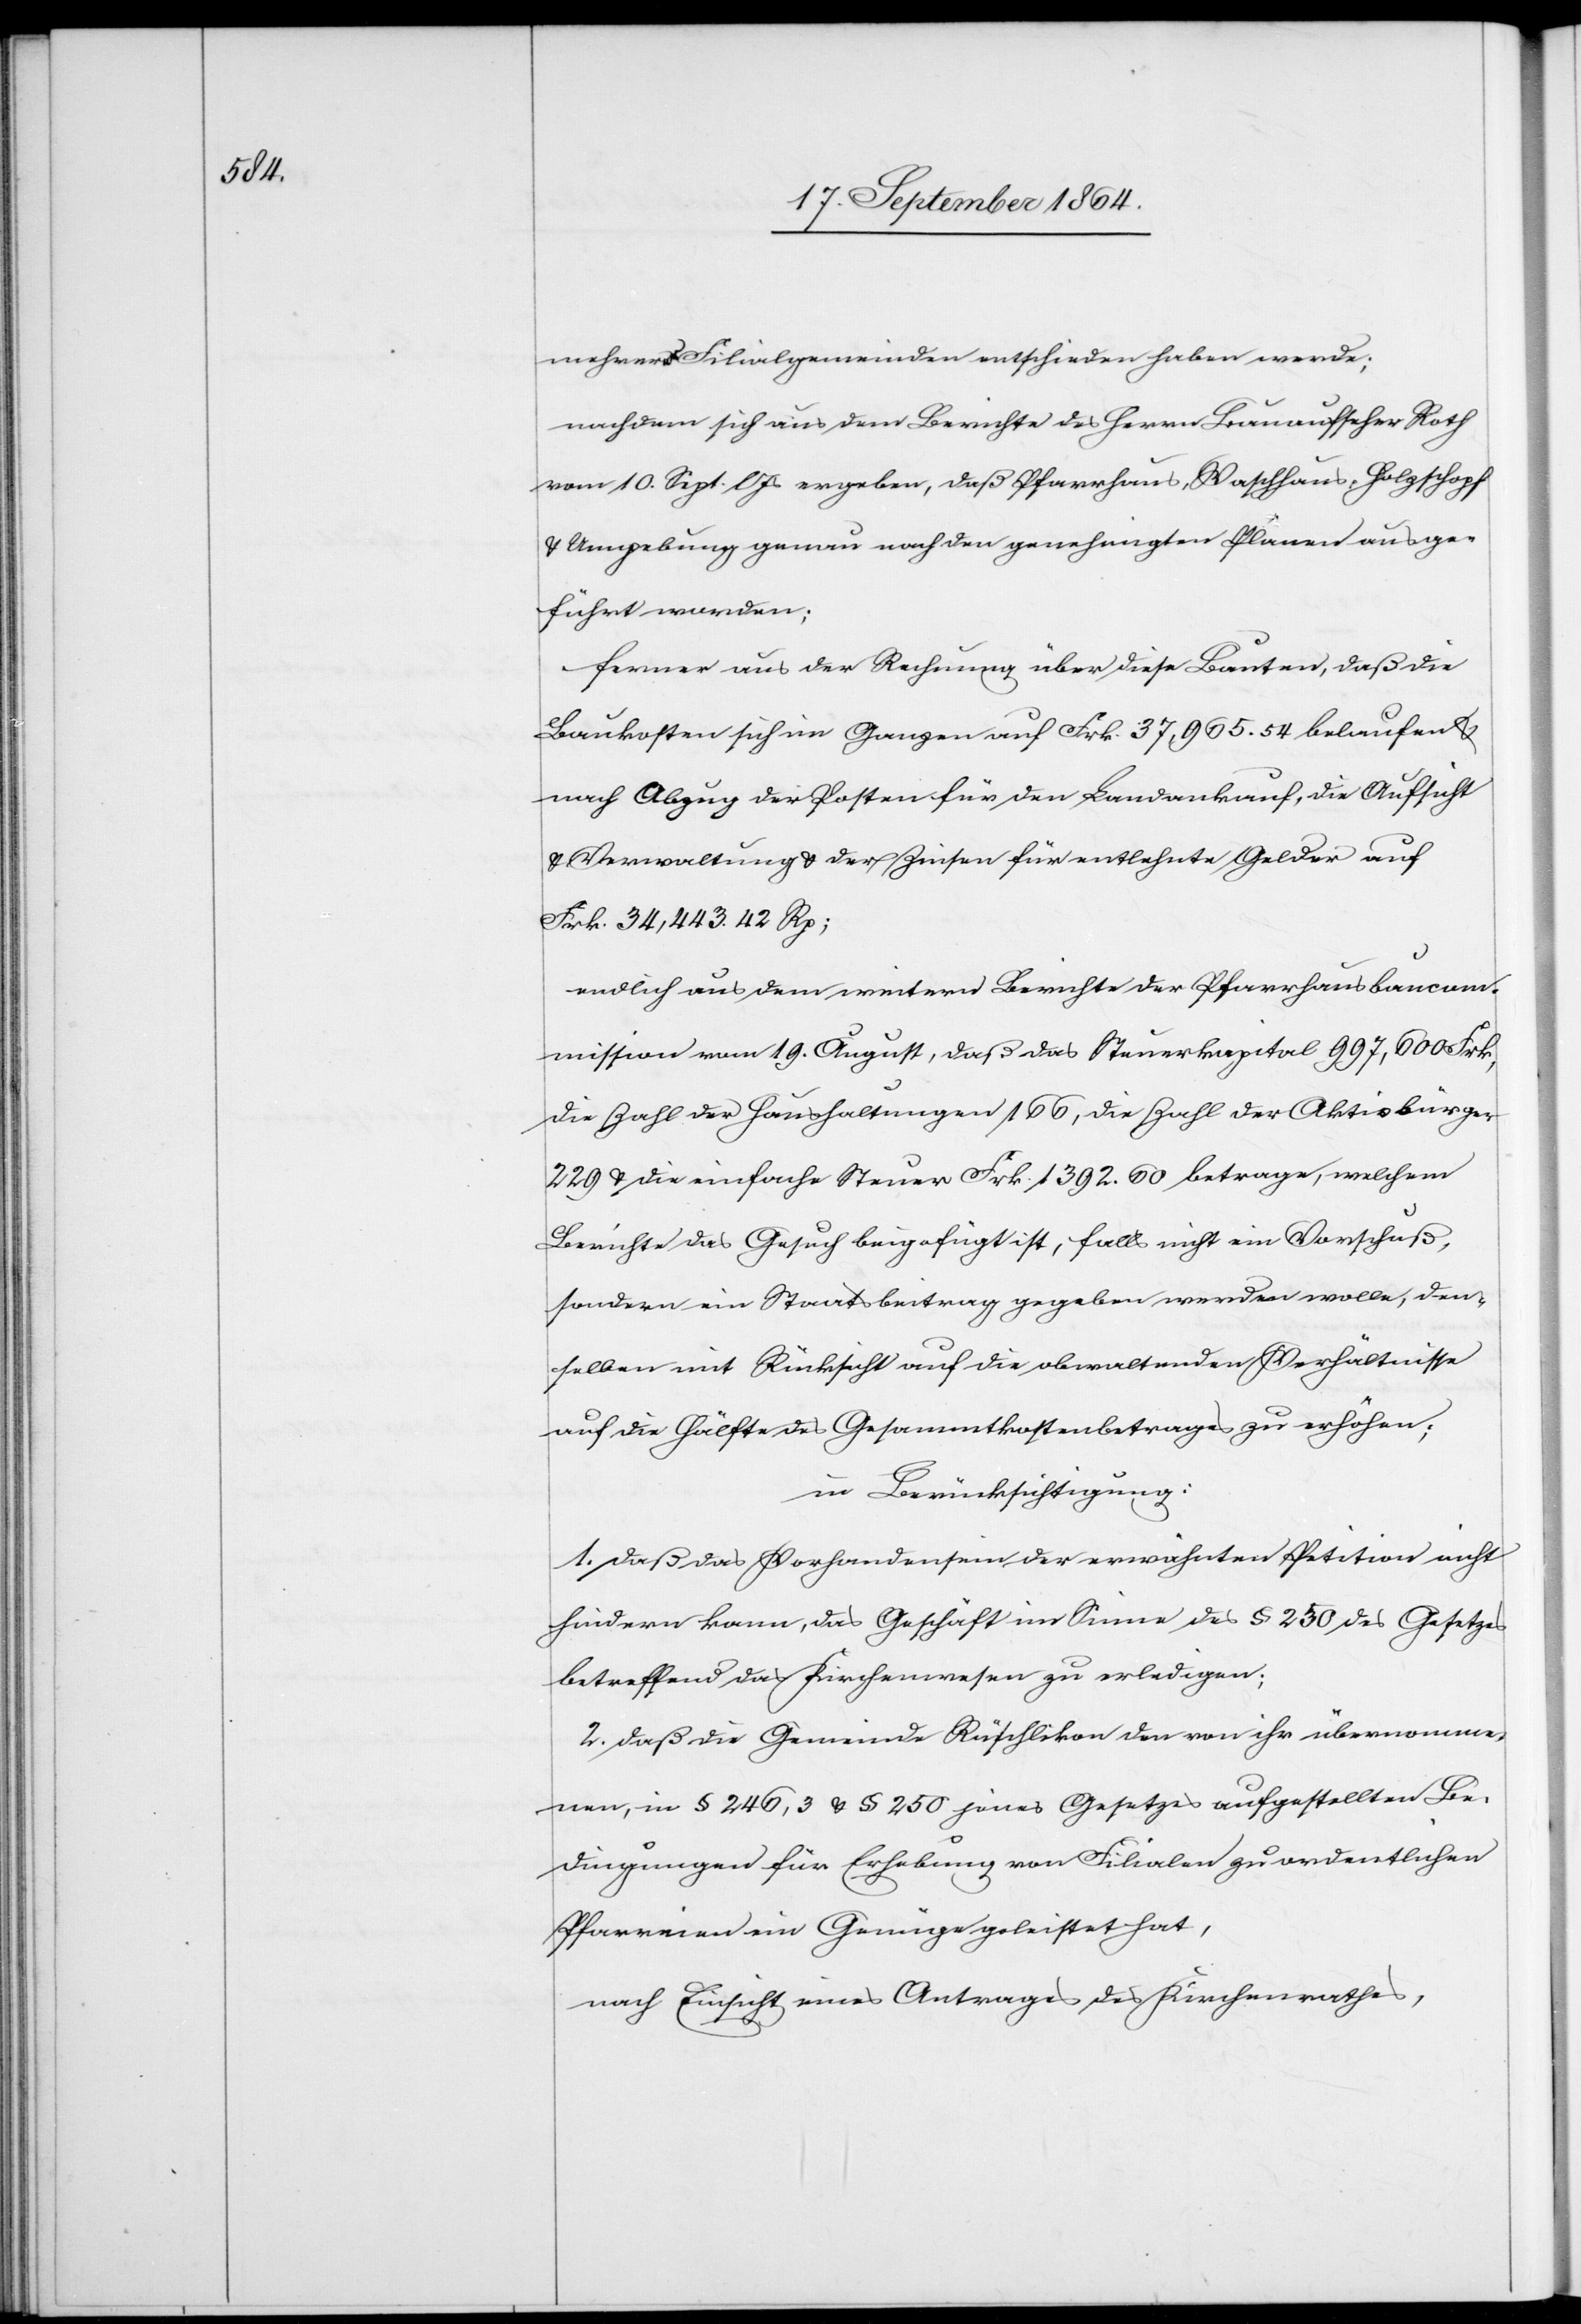
mehrerer Filialgemeinden entschieden haben werde;
nachdem sich aus dem Berichte des Herrn Bauaufseher Roth
vom 10. Sept. l. Js ergeben, daß Pfarrhaus, Waschhaus, Holzschopf
& Umgebung genau nach den genehmigten Plänen ausge¬
führt worden;
ferner aus der Rechnung über diese Bauten, daß die
Baukosten sich im Ganzen auf Frk. 37,965.54 belaufen &
nach Abzug der Posten für den Landankauf, die Aufsicht
Verwaltung & der Zinsen für entlehnte Gelder auf
Frk. 34,443.42 Rp;
endlich aus dem weitern Berichte der Pfarrhausbaucom¬
mission vom 19. August, daß das Steuerkapital 997,600 Frk,
die Zahl der Haushaltungen 166, die Zahl der Aktivbürger
229 & die einfache Steuer Frk. 1392.60 betrage, welchem
Berichte das Gesuch beigefügt ist, falls nicht ein Vorschuß,
sondern ein Staatsbeitrag gegeben werden wolle, den¬
selben mit Rücksicht auf die obwaltenden Verhältnisse
auf die Hälfte des Gesammtkostenbetrages zu erhöhen;
in Berücksichtigung:
1. daß das Vorhandensein der erwähnten Petition nicht
hindern kann, das Geschäft im Sinne des § 250 des Gesetzes
betreffend das Kirchenwesen zu erledigen;
2. daß die Gemeinde Rüschlikon den von ihr übernom¬
men, in § 245,3 & § 250 jenes Gesetzes aufgestellten Be¬
dingungen für Erhebung von Filialen zu ordentlichen
Pfarreien ein Genüge geleistet hat,
nach Einsicht eines Antrages des Kirchenrathes,